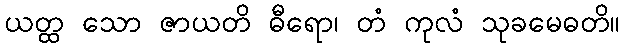
ယတ္ထ သော ဇာယတိ ဓီရော၊ တံ ကုလံ သုခမေဓတိ။